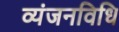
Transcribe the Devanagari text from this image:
व्यंजनविधि